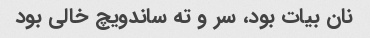
نان بیات بود، سر و ته ساندویچ خالی بود